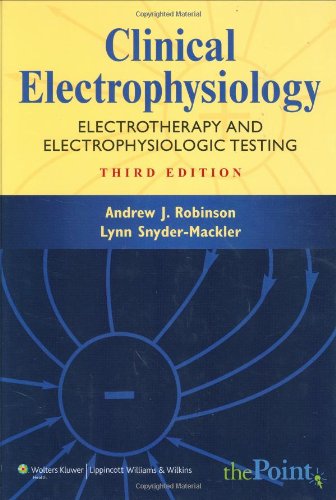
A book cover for Clinical Electrophysiology: Electrotherapy and Electrophysiologic Testing (Point (Lippincott Williams & Wilkins)); Medical Books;